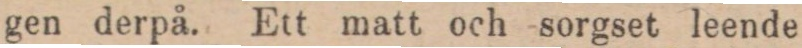
gen derpå. Ett matt och sorgset leende